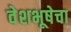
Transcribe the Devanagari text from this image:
वेशभूषेचा